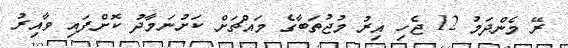
ރޭ މެންދަމު 12 ޖެހި އިރު މުޖުތަބާގެ މައްޗަށް ކަށުނަމާދު ކޮށްފައި ވާއިރު